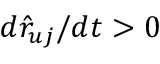
d \hat { r } _ { u j } / d t > 0